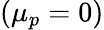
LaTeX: (\mu_{p}=0)